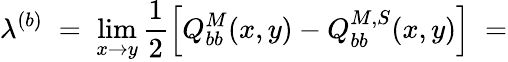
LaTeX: \lambda^{(b)}\; =\; \operatorname*{lim}_{x\rightarrow y}\frac{1}{2}\left[Q_{bb}^{M}(x,y)-Q_{bb}^{M,S}(x,y)\right]\; =